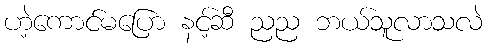
ဟဲ့ကောင်မပြော နင့်ဆီ ညည ဘယ်သူလာသလဲ